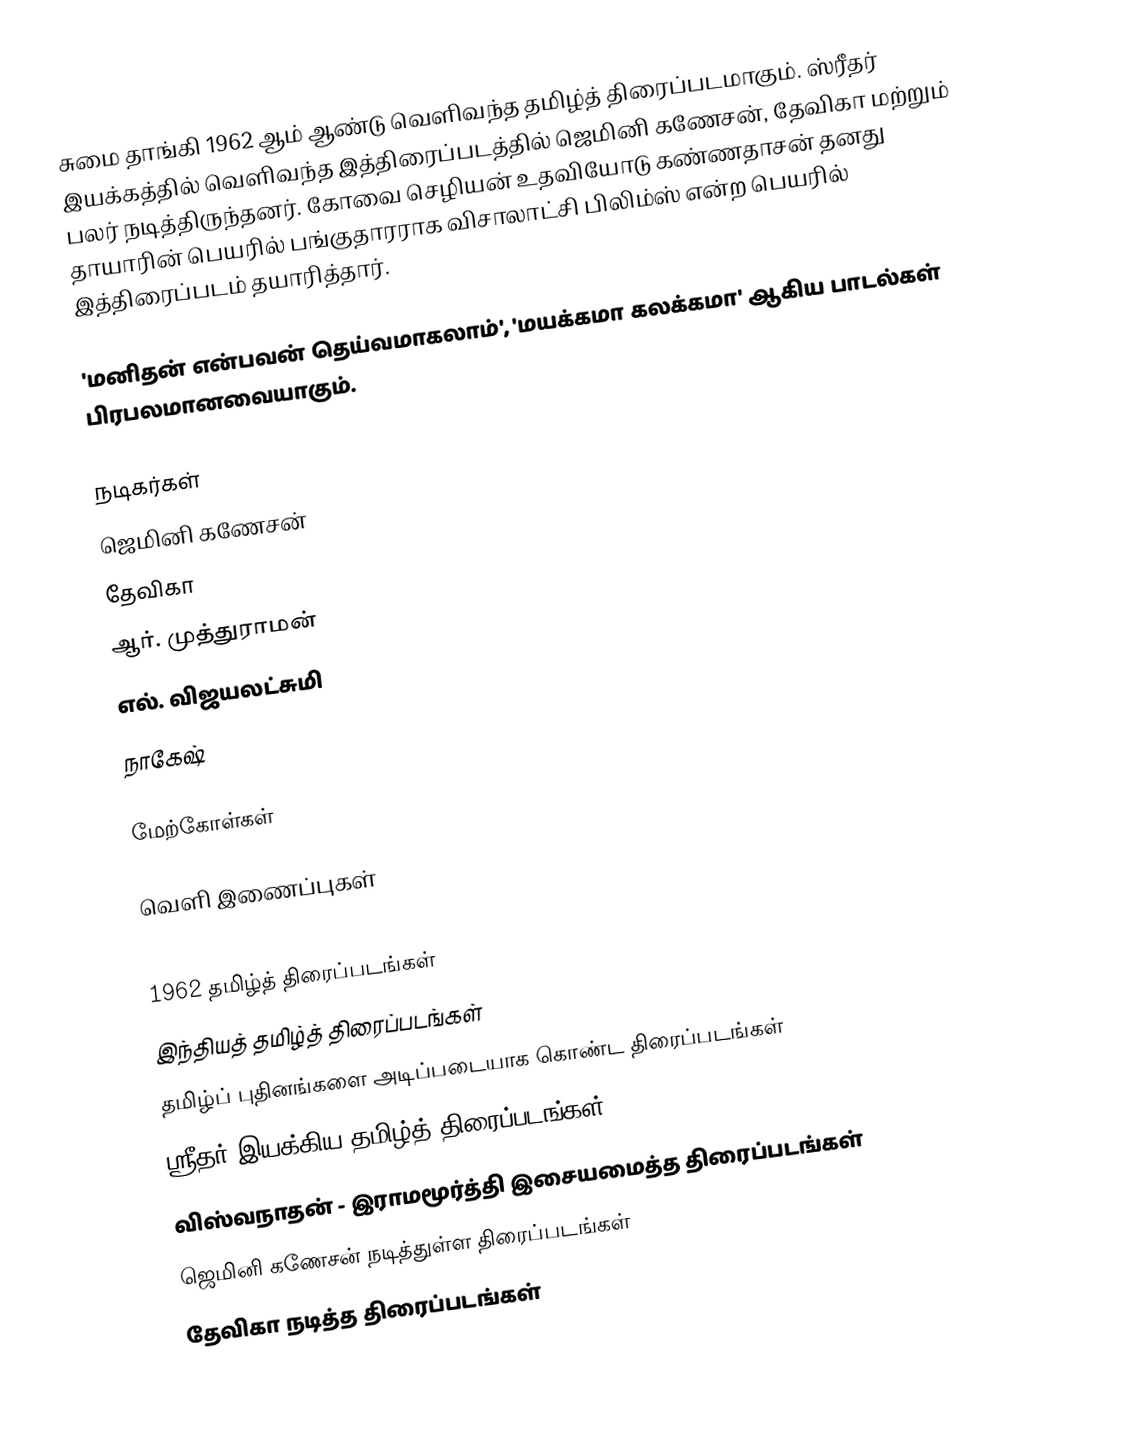
சுமை தாங்கி 1962 ஆம் ஆண்டு வெளிவந்த தமிழ்த் திரைப்படமாகும். ஸ்ரீதர் இயக்கத்தில் வெளிவந்த இத்திரைப்படத்தில் ஜெமினி கணேசன், தேவிகா மற்றும் பலர் நடித்திருந்தனர். கோவை செழியன் உதவியோடு கண்ணதாசன் தனது தாயாரின் பெயரில் பங்குதாரராக விசாலாட்சி பிலிம்ஸ் என்ற பெயரில் இத்திரைப்படம் தயாரித்தார்.

'மனிதன் என்பவன் தெய்வமாகலாம்', 'மயக்கமா கலக்கமா' ஆகிய பாடல்கள் பிரபலமானவையாகும்.

நடிகர்கள்
 ஜெமினி கணேசன்
 தேவிகா
 ஆர். முத்துராமன்
 எல். விஜயலட்சுமி
 நாகேஷ்

மேற்கோள்கள்

வெளி இணைப்புகள்

1962 தமிழ்த் திரைப்படங்கள்
இந்தியத் தமிழ்த் திரைப்படங்கள்
தமிழ்ப் புதினங்களை அடிப்படையாக கொண்ட திரைப்படங்கள்
ஸ்ரீதர் இயக்கிய தமிழ்த் திரைப்படங்கள்
விஸ்வநாதன் - இராமமூர்த்தி இசையமைத்த திரைப்படங்கள்
ஜெமினி கணேசன் நடித்துள்ள திரைப்படங்கள்
தேவிகா நடித்த திரைப்படங்கள்